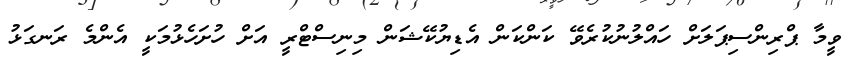
ވީމާ ޕްރިންސިޕަލަށް ހައްލުނުކުރެވޭ ކަންކަން އެޑިޔުކޭޝަން މިނިސްޓްރީ އަށް ހުށަހެޅުމަކީ އެންމެ ރަނގަޅު